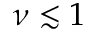
\nu \lesssim 1